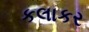
કલાકર